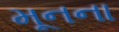
મૂનના